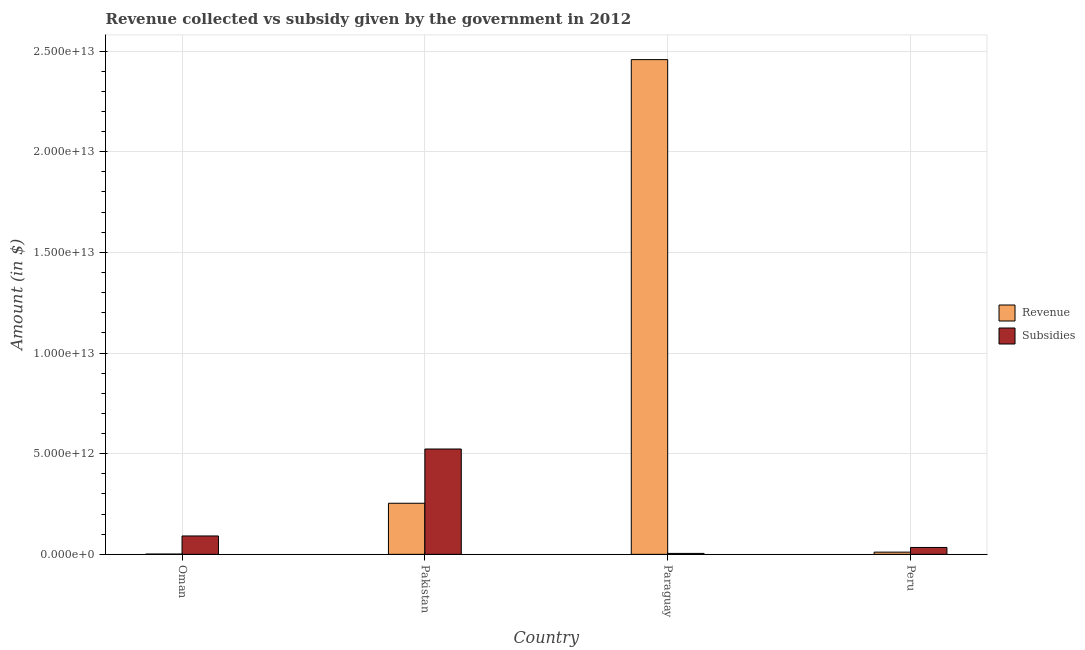
| Country | Revenue | Subsidies |
 | --- | --- | --- |
 | Oman | 1.34e+10 | 9.13e+11 |
 | Pakistan | 2.54e+12 | 5.23e+12 |
 | Paraguay | 2.46e+13 | 4.53e+10 |
 | Peru | 1.09e+11 | 3.41e+11 |